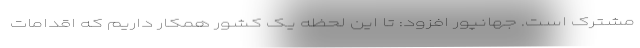
مشترک است. جهانپور افزود: تا این لحظه یک کشور همکار داریم که اقدامات